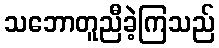
သဘောတူညီခဲ့ကြသည်